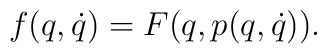
f(q,\dot q) = F(q,p(q,\dot q)) .